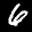
Label: 6